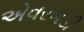
એવરબડી